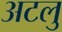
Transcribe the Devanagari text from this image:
अटलु